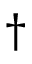
\dag